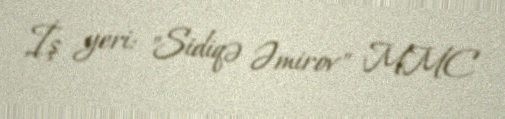
İş yeri: "Sidiqə Əmirov" MMC